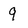
Character: 9